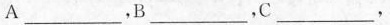
A___，B___，C___，